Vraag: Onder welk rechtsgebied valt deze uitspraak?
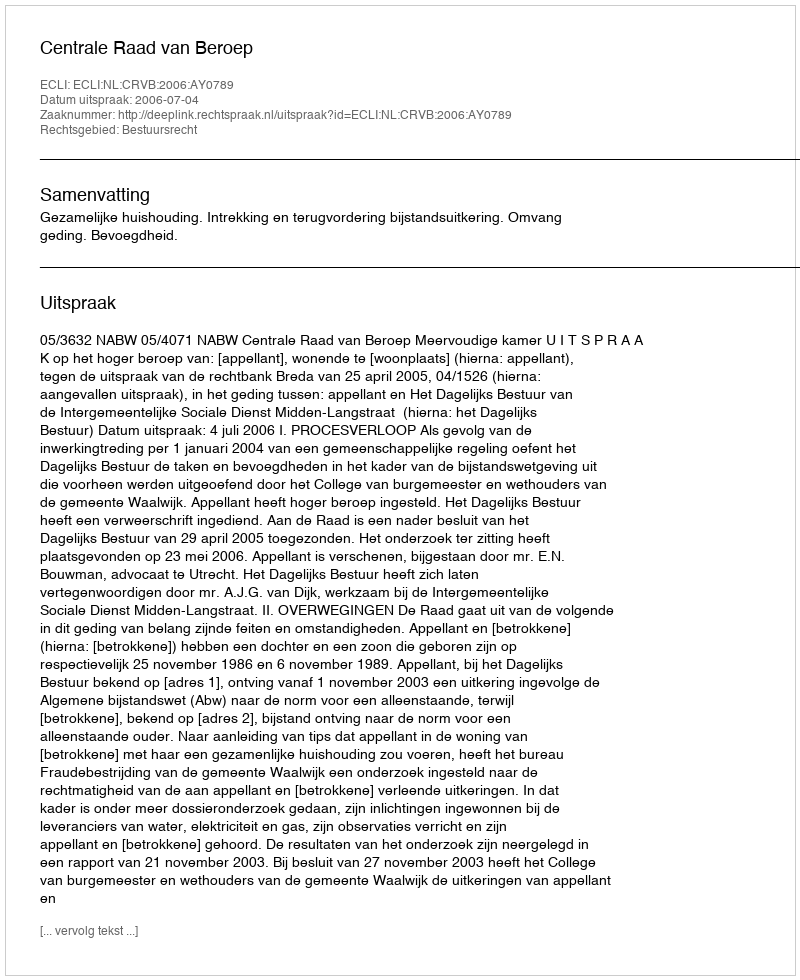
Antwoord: Bestuursrecht